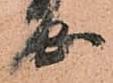
安